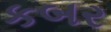
કબર